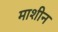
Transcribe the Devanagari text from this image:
माशीन